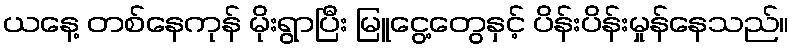
ယနေ့ တစ်နေကုန် မိုးရွာပြီး မြူငွေ့တွေနှင့် ပိန်းပိန်းမှုန်နေသည်။